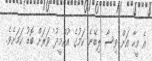
އެ މީހާ އަށް ވިސާ ލިބޭނެ ކަމުގެ 'އުއްމީދު' ވަަރަށް ބޮޑު ކަމަށެވެ.